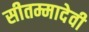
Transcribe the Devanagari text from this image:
सीतम्मादेवी